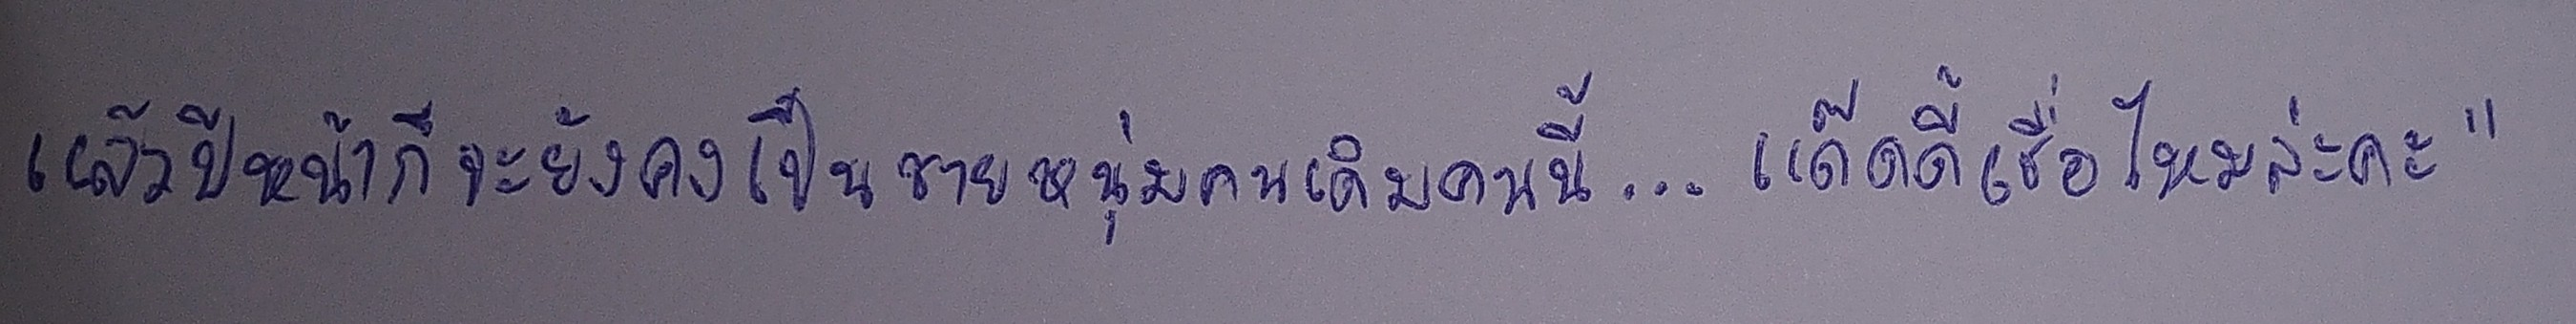
แล้วปีหน้าก็จะยังคงเป็นชายหนุ่มคนเดิมคนนี้...แด๊ดดี้เชื่อไหมล่ะคะ"